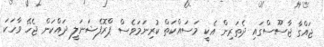
ޖައްގާ ޖާސޫސްގައި ދެތަރިން އެކީ މަސައްކަތް ކުރިނަމަވެސް ޕްރޮފެޝަނަލީ ދައްކަން ޖެހޭ ވާހަކަ